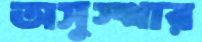
অসুস্থার